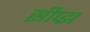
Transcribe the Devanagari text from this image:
सीप्झ